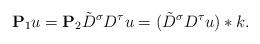
LaTeX: \begin{align*} \mathbf{P}_1 u = \mathbf{P}_2 \tilde{D}^{\sigma} D^\tau u = (\tilde{D}^{\sigma} D^\tau u) \ast k. \end{align*}